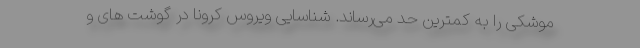
موشکی را به کمترین حد می‌رساند. شناسایی ویروس کرونا در گوشت های و